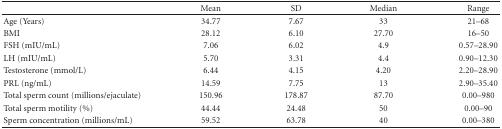
|  | Mean | SD | Median | Range |
 | --- | --- | --- | --- | --- |
 | Age (Years) | 34.77 | 7.67 | 33 | 21–68 |
 | BMI | 28.12 | 6.10 | 27.70 | 16–50 |
 | FSH (mIU/mL) | 7.06 | 6.02 | 4.9 | 0.57–28.90 |
 | LH (mIU/mL) | 5.70 | 3.31 | 4.4 | 0.90–12.30 |
 | Testosterone (mmol/L) | 6.44 | 4.15 | 4.20 | 2.20–28.90 |
 | PRL (ng/mL) | 14.59 | 7.75 | 13 | 2.90–35.40 |
 | Total sperm count (millions/ejaculate) | 150.96 | 178.87 | 87.70 | 0.00–980 |
 | Total sperm motility (%) | 44.44 | 24.48 | 50 | 0.00–90 |
 | Sperm concentration (millions/mL) | 59.52 | 63.78 | 40 | 0.00–380 |